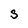
Character: S